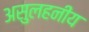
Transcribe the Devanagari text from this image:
असुलहनीय